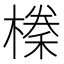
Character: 𭫰